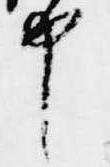
申